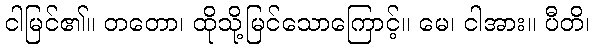
ငါမြင်၏။ တတော၊ ထိုသို့မြင်သောကြောင့်။ မေ၊ ငါအား။ ပီတိ၊